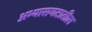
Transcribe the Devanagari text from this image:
अभ्यासगटातील